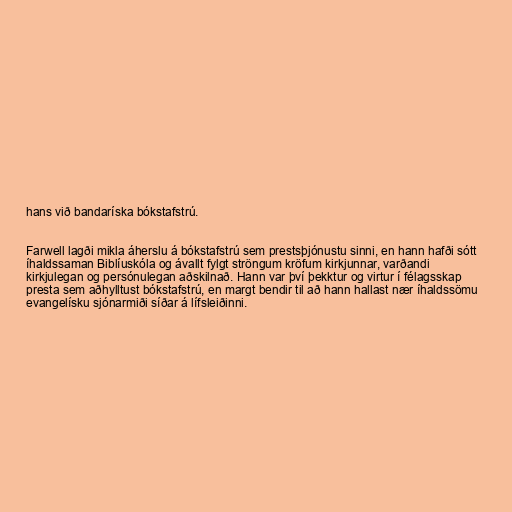
hans við bandaríska bókstafstrú.

Farwell lagði mikla áherslu á bókstafstrú sem prestsþjónustu sinni, en hann hafði sótt
íhaldssaman Biblíuskóla og ávallt fylgt ströngum kröfum kirkjunnar, varðandi
kirkjulegan og persónulegan aðskilnað. Hann var því þekktur og virtur í félagsskap
presta sem aðhylltust bókstafstrú, en margt bendir til að hann hallast nær íhaldssömu
evangelísku sjónarmiði síðar á lífsleiðinni.